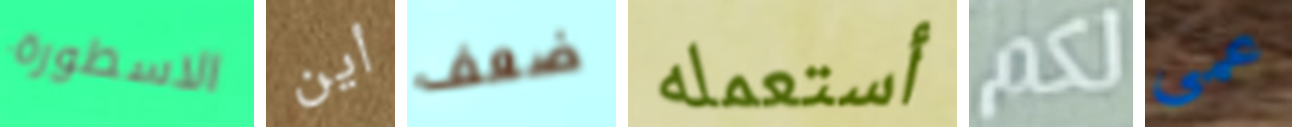
الاسطورة أين ضعف أستعمله لكم عمى